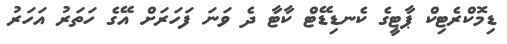
ޑިމޮކްރެޓިކް ޕާޓީގެ ކެނޑިޑޭޓް ކާޓާ ދެ ވަނަ ފަހަރަށް އޭގެ ހަތަރު އަހަރު